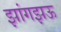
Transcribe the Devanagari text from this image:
झांगझऊ